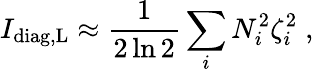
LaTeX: I_{\mathrm{diag,L}}\approx\frac{1}{2\ln 2}\sum_{i}N_{i}^{2}\zeta_{i}^{2}\; ,